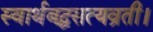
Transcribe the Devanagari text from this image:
स्वार्थबद्धसत्यव्रती।